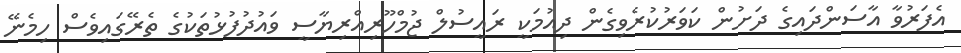
އެފަރުވާ އާސަންދައިގެ ދަށުން ކަވަރުކުރެވިގެން ދިއުމަކީ ރައީސުލް ޖުމްހޫރިއްރިޔާސީ ވައުދުފުޅުތަކުގެ ތެރޭގައިވެސް ހިމެނޭ